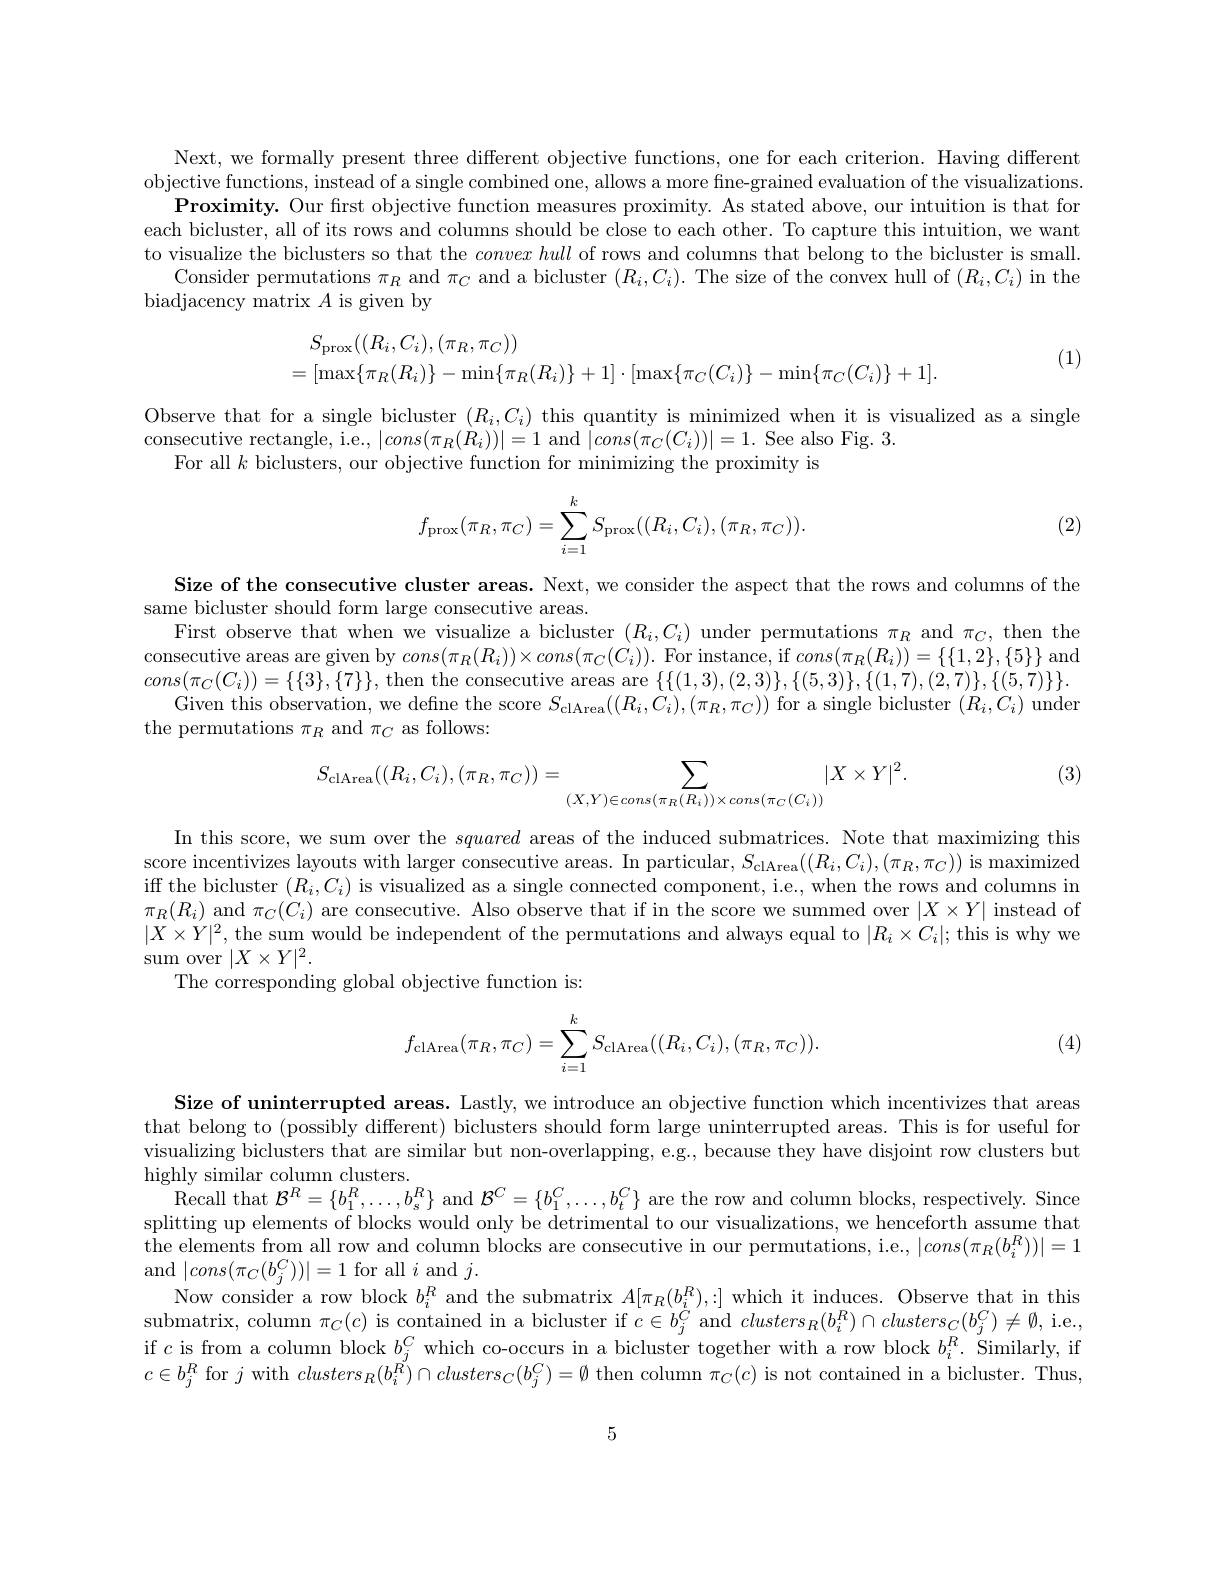
Next, we formally present three different objective functions, one for each criterion. Having different objective functions, instead of a single combined one, allows a more fine-grained evaluation of the visualizations
$\textbf{Proximity. Our frst objective function measures proximity. As stated above, our intuition is that for}$ each bicluster, all of its rows and columns should be close to each other. To capture this intuition, we want to visualize the biclusters so that the $convex\textit{ hull of rows and columns that belong to the bicluster is small. }$
Consider permutations $\pi_R$ and $\pi_C$ and a bicluster $(R_i,C_i).$ The size of the convex hull of $(R_i,C_i)$ in the
biadjacency matrix $A$ is given by
$$\begin{aligned}&S_{\mathrm{prox}}((R_{i},C_{i}),(\pi_{R},\pi_{C}))\\&=[\max\{\pi_{R}(R_{i})\}-\min\{\pi_{R}(R_{i})\}+1]\cdot[\max\{\pi_{C}(C_{i})\}-\min\{\pi_{C}(C_{i})\}+1].\end{aligned}$$
(1)

Observe that for a single bicluster $(R_i,C_i)$ this quantity is minimized when it is visualized as a single
consecutive rectangle, i.e., $|cons(\pi_{R}(R_{i}))|=1$ and $|cons(\pi_{C}(C_{i}))|=1.$ See also Fig. 3.
For all $k$ biclusters, our objective function for minimizing the proximity is
$$f_{\mathrm{prox}}(\pi_R,\pi_C)=\sum_{i=1}^kS_{\mathrm{prox}}((R_i,C_i),(\pi_R,\pi_C)).$$
(2)

Size of the consecutive cluster areas. Next, we consider the aspect that the rows and columns of the
same bicluster should form large consecutive areas.
First observe that when we visualize a bicluster $(R_i,C_i)$ under permutations $\pi_R$ and $\pi_C$, then the consecutive areas are given by $cons(\pi_R(R_i))\times cons(\pi_C(C_i)).$ For instance, if $cons(\pi_R(R_i))=\{\{1,2\},\{5\}\}$ and $cons(\pi_{C}(C_{i}))=\{\{3\},\{7\}\}$, then the consecutive areas are $\{\{(1,3),(2,3)\},\{(5,3)\},\{(1,7),(2,7)\},\{(5,7)\}\}.$
Given this observation, we define the score $S_\mathrm{clArea}((R_i,C_i),(\pi_R,\pi_C))$ for a single bicluster $(R_i,C_i)$ under
the permutations $\pi_R$ and $\pi_C$ as follows:

(3)
$$S_{\text{clArea}}((R_i,C_i),(\pi_R,\pi_C))=\sum_{(X,Y)\in cons(\pi_R(R_i))\times cons(\pi_C(C_i))}\lvert X\times Y\rvert^2.$$
In this score, we sum over the squared areas of the induced submatrices. Note that maximizing this score incentivizes layouts with larger consecutive areas. In particular, $S_\mathrm{clArea}((R_i,C_i),(\pi_R,\pi_C))$ is maximized iff the bicluster $(R_i,C_i)$ is visualized as a single connected component, i.e., when the rows and columns in $\pi_R(R_i)$ and $\pi_C(C_i)$ are consecutive. Also observe that if in the score we summed over $|X\times Y|$ instead of $|X\times Y|^2$, the sum would be independent of the permutations and always equal to $|R_i\times C_i|;$ this is why we $\operatorname{sum}$over$|X\times Y|^2.$
The corresponding global objective function is:
$$f_{\mathrm{clArea}}(\pi_R,\pi_C)=\sum_{i=1}^kS_{\mathrm{clArea}}((R_i,C_i),(\pi_R,\pi_C)).$$
(4)

Size of uninterrupted areas. Lastly, we introduce an objective function which incentivizes that areas that belong to (possibly different) biclusters should form large uninterrupted areas. This is for useful for visualizing biclusters that are similar but non-overlapping, e.g., because they have disjoint row clusters but highly similar column clusters.
Recall that $\mathcal{B} ^{R}= \{ b_{1}^{R}, \ldots , b_{s}^{R}\}$ and $\mathcal{B}^C=\{b_{1}^{C},\ldots,b_{t}^{C}\}$ are the row and column blocks, respectively. Since splitting up elements of blocks would only be detrimental to our visualizations, we henceforth assume that the elements from all row and column blocks are consecutive in our permutations, i. e. , $| cons( \pi _R( b_i^R) ) | = 1$ and$|cons(\pi_{C}(b_{j}^{C}))|=1$for all$i$and$j.$
Now consider a row block $b_i^R$ and the submatrix $A[\pi_R(b_i^R),:]$ which it induces. Observe that in this submatrix, column $\pi_C(c)$ is contained in a bicluster if $c\in b_j^C$ and $clusters_R(b_i^R)\cap clusters_C(b_j^C)\neq\emptyset$, i.e., if $c$ is from a column block $b_j^C$ which co-occurs in a bicluster together with a row block $b_i^R.$ Šimilarly, if $c\in b_{j}^{R}$ for $j$ with $clusters_R(b_i^{R^{\prime}})\cap clusters_C(b_j^{C})=\emptyset$ then column $\pi_C(c)$ is not contained in a bicluster. Thus,

5